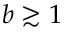
b \gtrsim 1